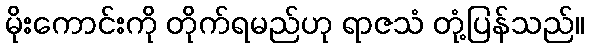
မိုးကောင်းကို တိုက်ရမည်ဟု ရာဇသံ တုံ့ပြန်သည်။